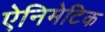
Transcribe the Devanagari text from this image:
ऐनिमेटिक